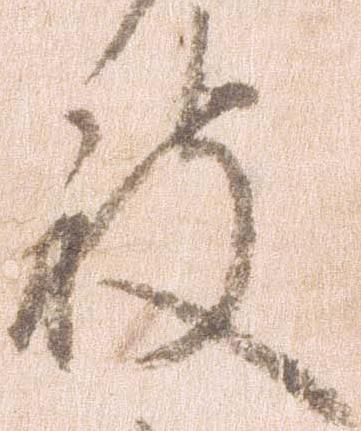
被